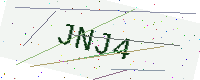
Text: JNJ4